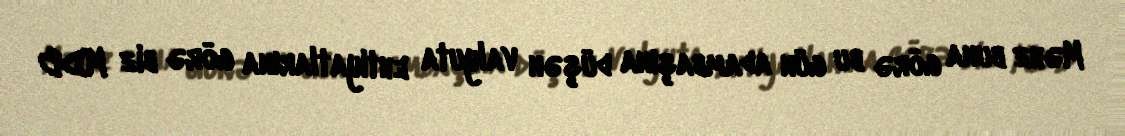
Məhz buna görə bu gün adambaşına düşən valyuta ehtiyatlarına görə biz MDB